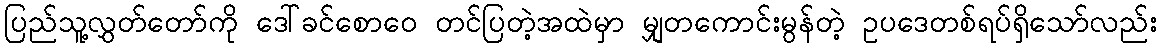
ပြည်သူ့လွှတ်တော်ကို ဒေါ်ခင်စောဝေ တင်ပြတဲ့အထဲမှာ မျှတကောင်းမွန်တဲ့ ဥပဒေတစ်ရပ်ရှိသော်လည်း